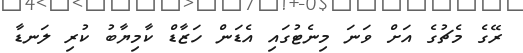
ރޭގެ މެޗުގެ އަށް ވަނަ މިނެޓުގައި އެޑަން ހަޒާޑް ކާމިޔާބު ކުރި ލަނޑާ